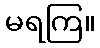
မရကြ။